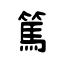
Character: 篤